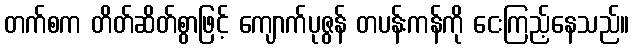
တက်စက တိတ်ဆိတ်စွာဖြင့် ကျောက်ပုဇွန် တပန်းကန်ကို ငေးကြည့်နေသည်။